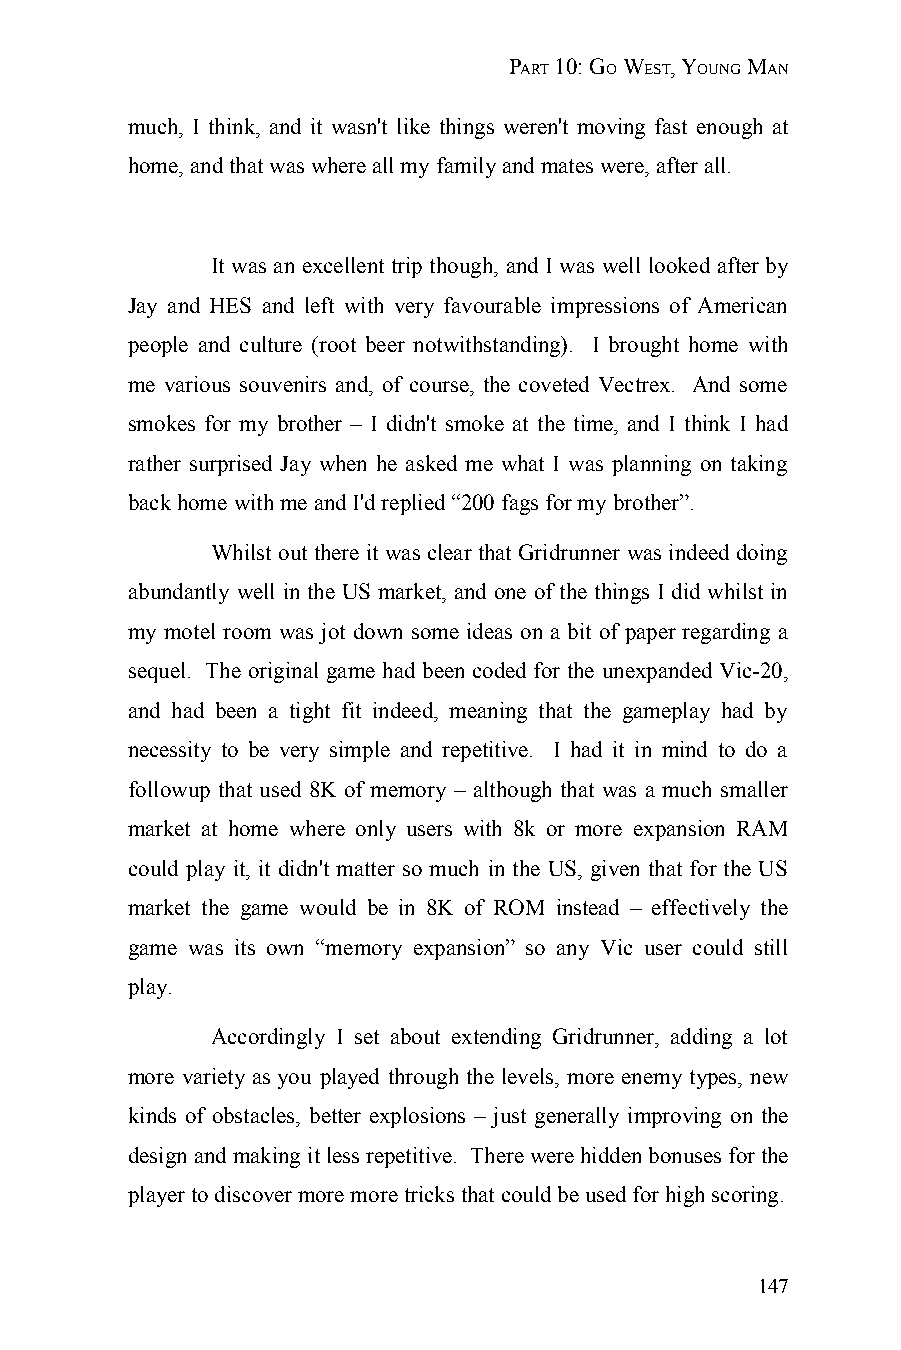
PART 10: GO WEST, YOUNG MAN
 much, I think, and it wasn't like things weren't moving fast enough at
 home, and that was where all my family and mates were, after all.
 It was an excellent trip though, and I was well looked after by
 Jay and HES and left with very favourable impressions of American
 people and culture (root beer notwithstanding). I brought home with
 me various souvenirs and, of course, the coveted Vectrex. And some
 smokes for my brother – I didn't smoke at the time, and I think I had
 rather surprised Jay when he asked me what I was planning on taking
 back home with me and I'd replied “200 fags for my brother”.
 Whilst out there it was clear that Gridrunner was indeed doing
 abundantly well in the US market, and one of the things I did whilst in
 my motel room was jot down some ideas on a bit of paper regarding a
 sequel. The original game had been coded for the unexpanded Vic-20,
 and had been a tight fit indeed, meaning that the gameplay had by
 necessity to be very simple and repetitive. I had it in mind to do a
 followup that used 8K of memory – although that was a much smaller
 market at home where only users with 8k or more expansion RAM
 could play it, it didn't matter so much in the US, given that for the US
 market the game would be in 8K of ROM instead – effectively the
 game was its own “memory expansion” so any Vic user could still
 play.
 Accordingly I set about extending Gridrunner, adding a lot
 more variety as you played through the levels, more enemy types, new
 kinds of obstacles, better explosions – just generally improving on the
 design and making it less repetitive. There were hidden bonuses for the
 player to discover more more tricks that could be used for high scoring.
 147